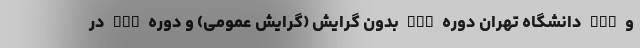
و DBA دانشگاه تهران دوره MBA بدون گرایش (گرایش عمومی) و دوره DBA در